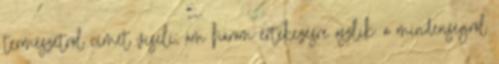
természetről címet viseli, ám három értekezésre oszlik: a mindenségről